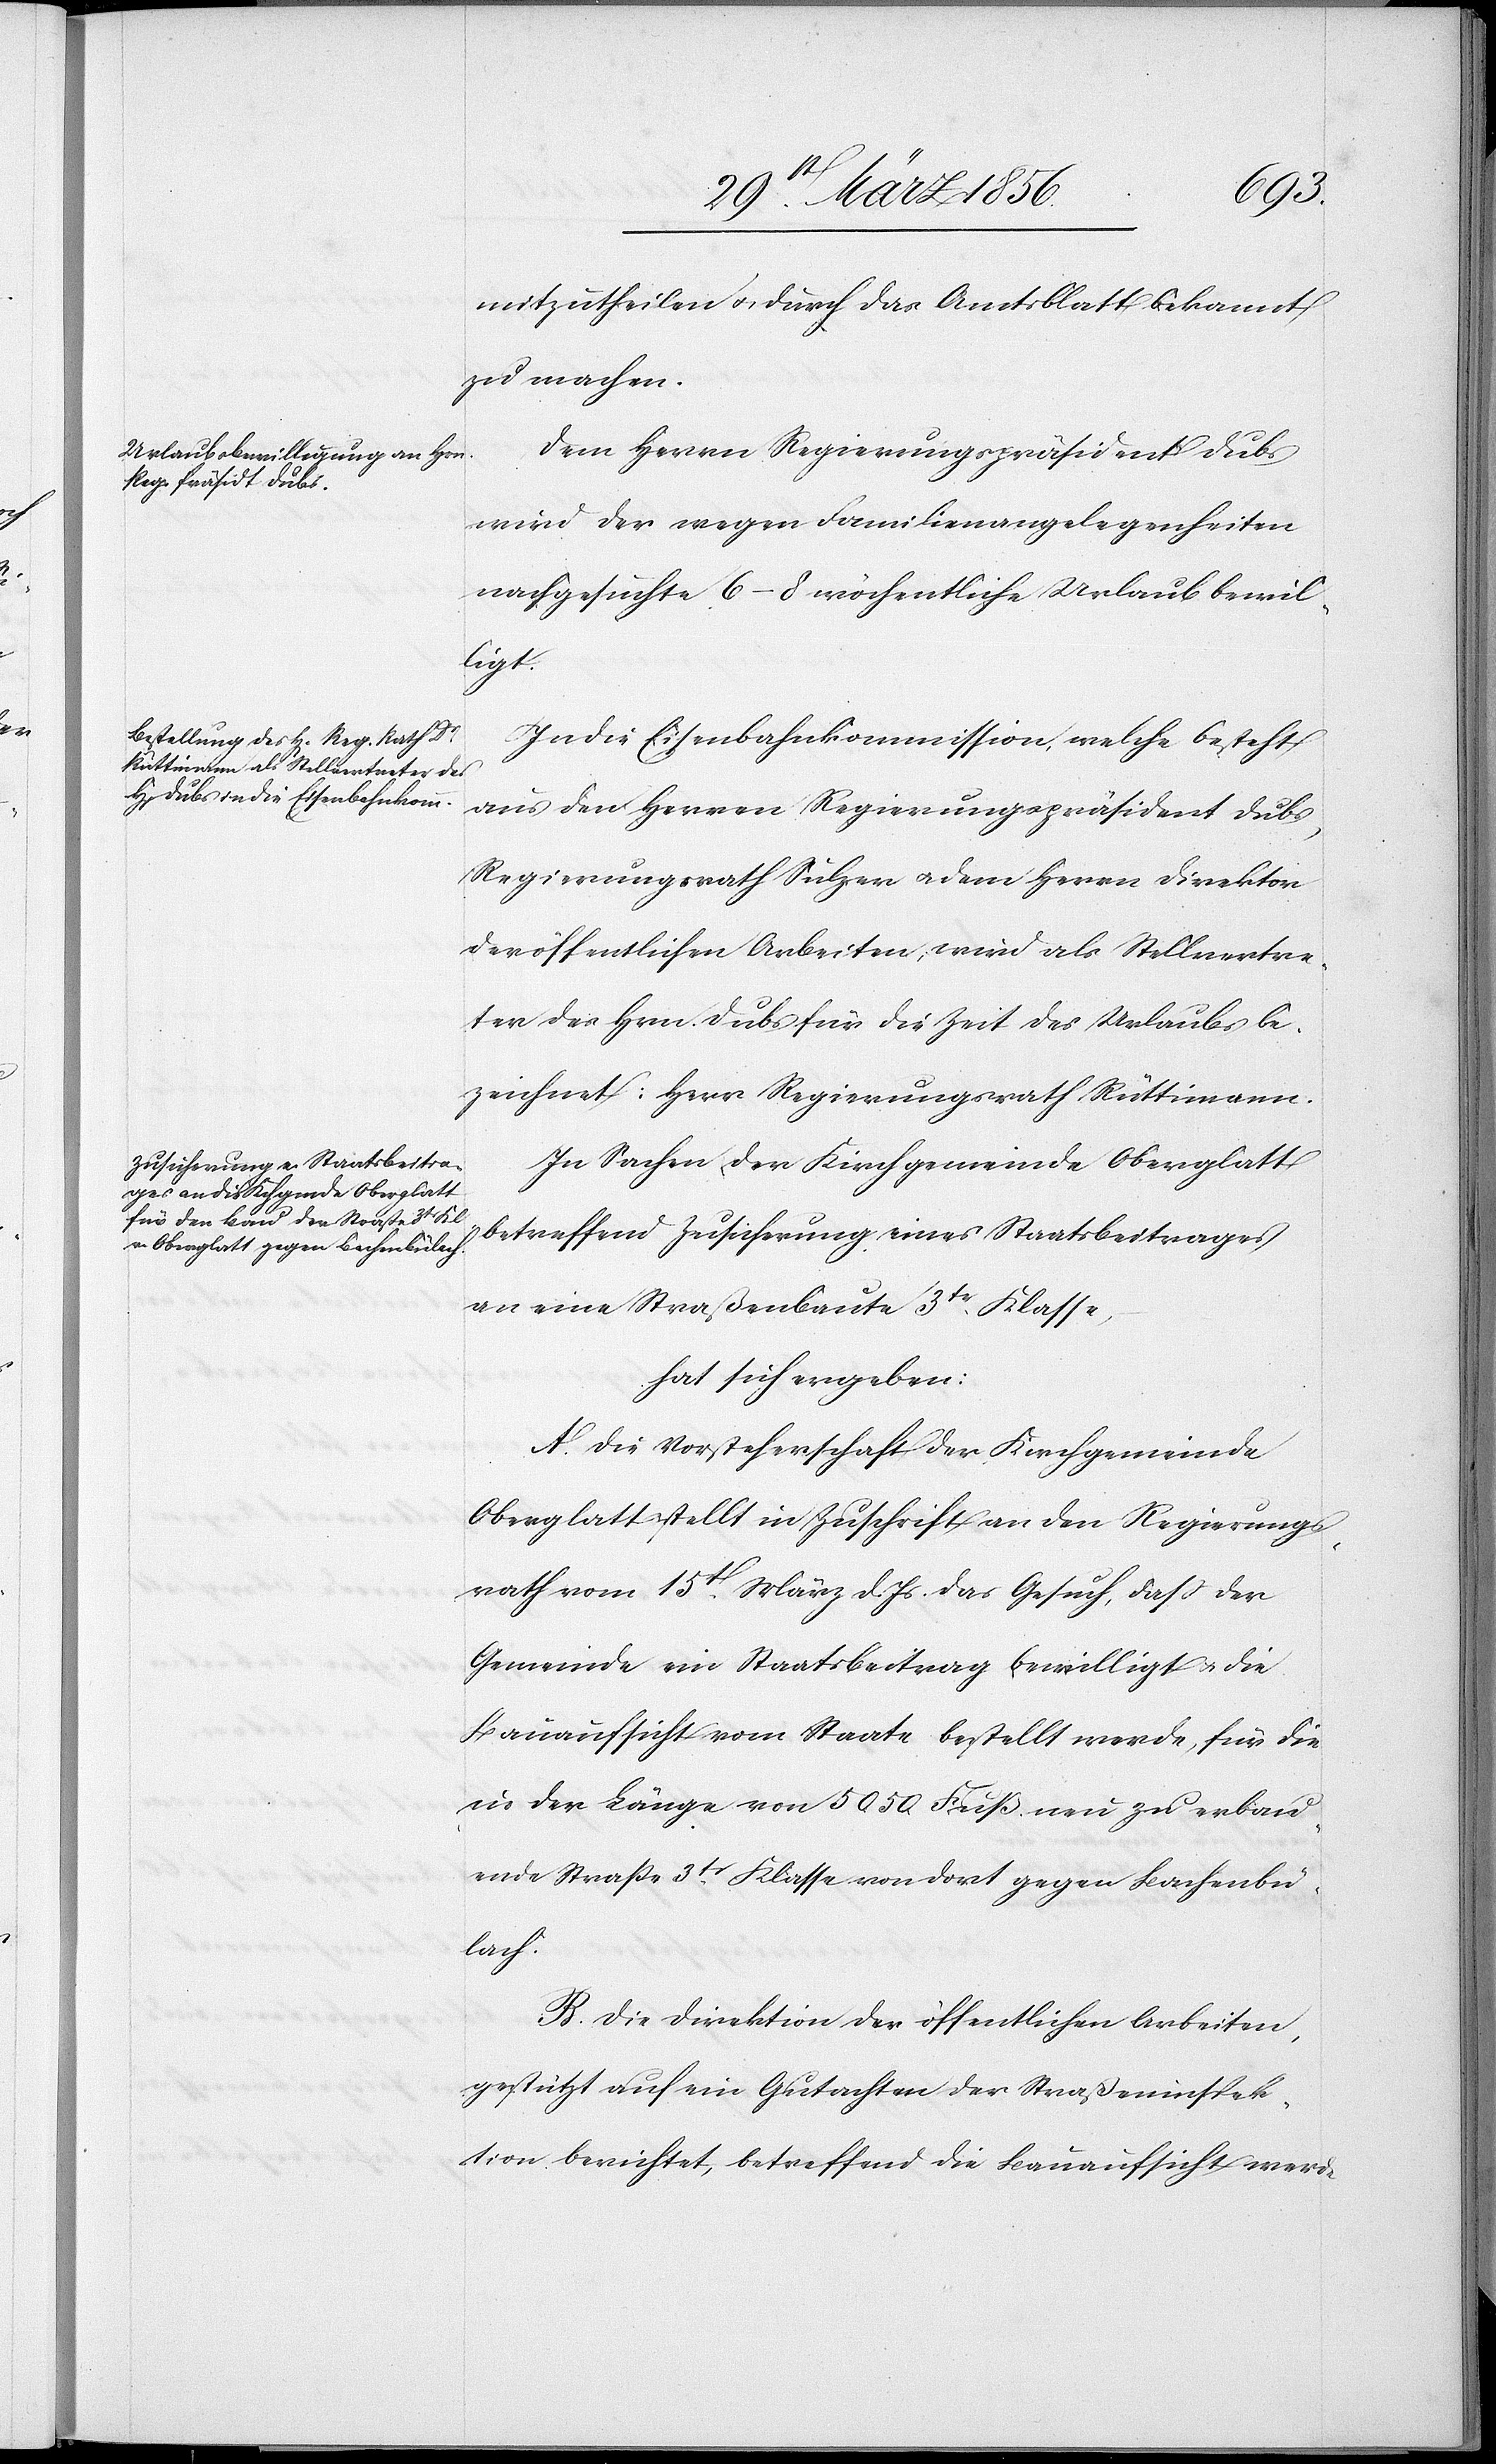
mitzutheilen u. durch das Amtsblatt bekannt
zu machen.
Dem Herrn Regierungspräsident Dubs
wird der wegen Familienangelegenheiten
nachgesuchte 6–8 wöchentliche Urlaub bewil¬
ligt.
In die Eisenbahnkommission, welche besteht
aus den Herren Regierungspräsident Dubs,
Regierungsrath Sulzer u. dem Herrn Direktor
der öffentlichen Arbeiten, wird als Stellvertre¬
ter des Hrn. Dubs für die Zeit des Urlaubs be¬
zeichnet: Herr Regierungsrath Rüttimann.
In Sachen der Kirchgemeinde Oberglatt
betreffend Zusicherung eines Staatsbeitrages
an eine Straßenbaute 3tr Klasse,
hat sich ergeben:
A. Die Vorsteherschaft der Kirchgemeinde
Oberglatt stellt in Zuschrift an den Regierungs¬
rath vom 15t März d. Js. das Gesuch, daß der
Gemeinde ein Staatsbeitrag bewilligt u. die
Bauaufsicht vom Staate bestellt werde, für die
in der Länge von 5050 Fuß neu zu erbau¬
ende Straße 3tr Klasse von dort gegen Bachenbü¬
lach.
B. Die Direktion der öffentlichen Arbeiten,
gestützt auf ein Gutachten der Straßeninspek¬
tion berichtet, betreffend die Bauaufsicht werde